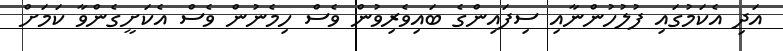
އަދި އެކަމުގައި ފުލުހުންނާއި ސިފައިންގެ ބައިވެރިވުން ވެސް ހިމެނުން ވެސް އެކަށީގެންވާ ކަމަށް